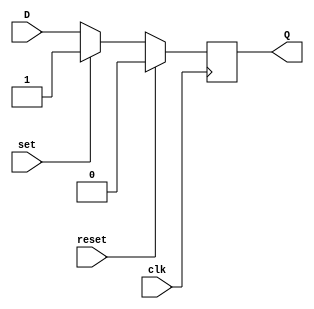
module d_flip_flop_with_reset_set (
    input wire clk, // Clock signal
    input wire reset, // Reset signal
    input wire set, // Set signal
    input wire D, // Data input
    output reg Q // Output of the flip-flop
);

always @(posedge clk) begin
    if (reset) begin
        Q <= 1'b0; // Reset the flip-flop to 0
    end else if (set) begin
        Q <= 1'b1; // Set the flip-flop to 1
    end else begin
        Q <= D; // Update the flip-flop with the input data
    end
end

endmodule